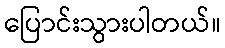
ပြောင်းသွားပါတယ်။